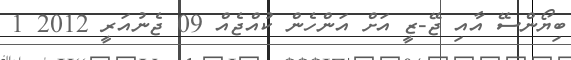
ބިޔޯންސޭ އާއި ޖޭ-ޒީ އަށް އަންހެން ކުއްޖެއް 09 ޖެނުއަރީ 2012 1